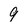
Character: 9